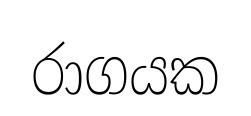
රාගයක